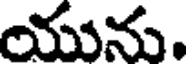
యును.